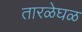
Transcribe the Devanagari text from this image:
तारळेघळ